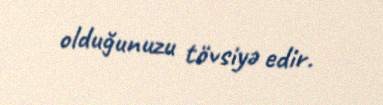
olduğunuzu tövsiyə edir.